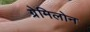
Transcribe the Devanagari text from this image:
ग्रेमिलोन